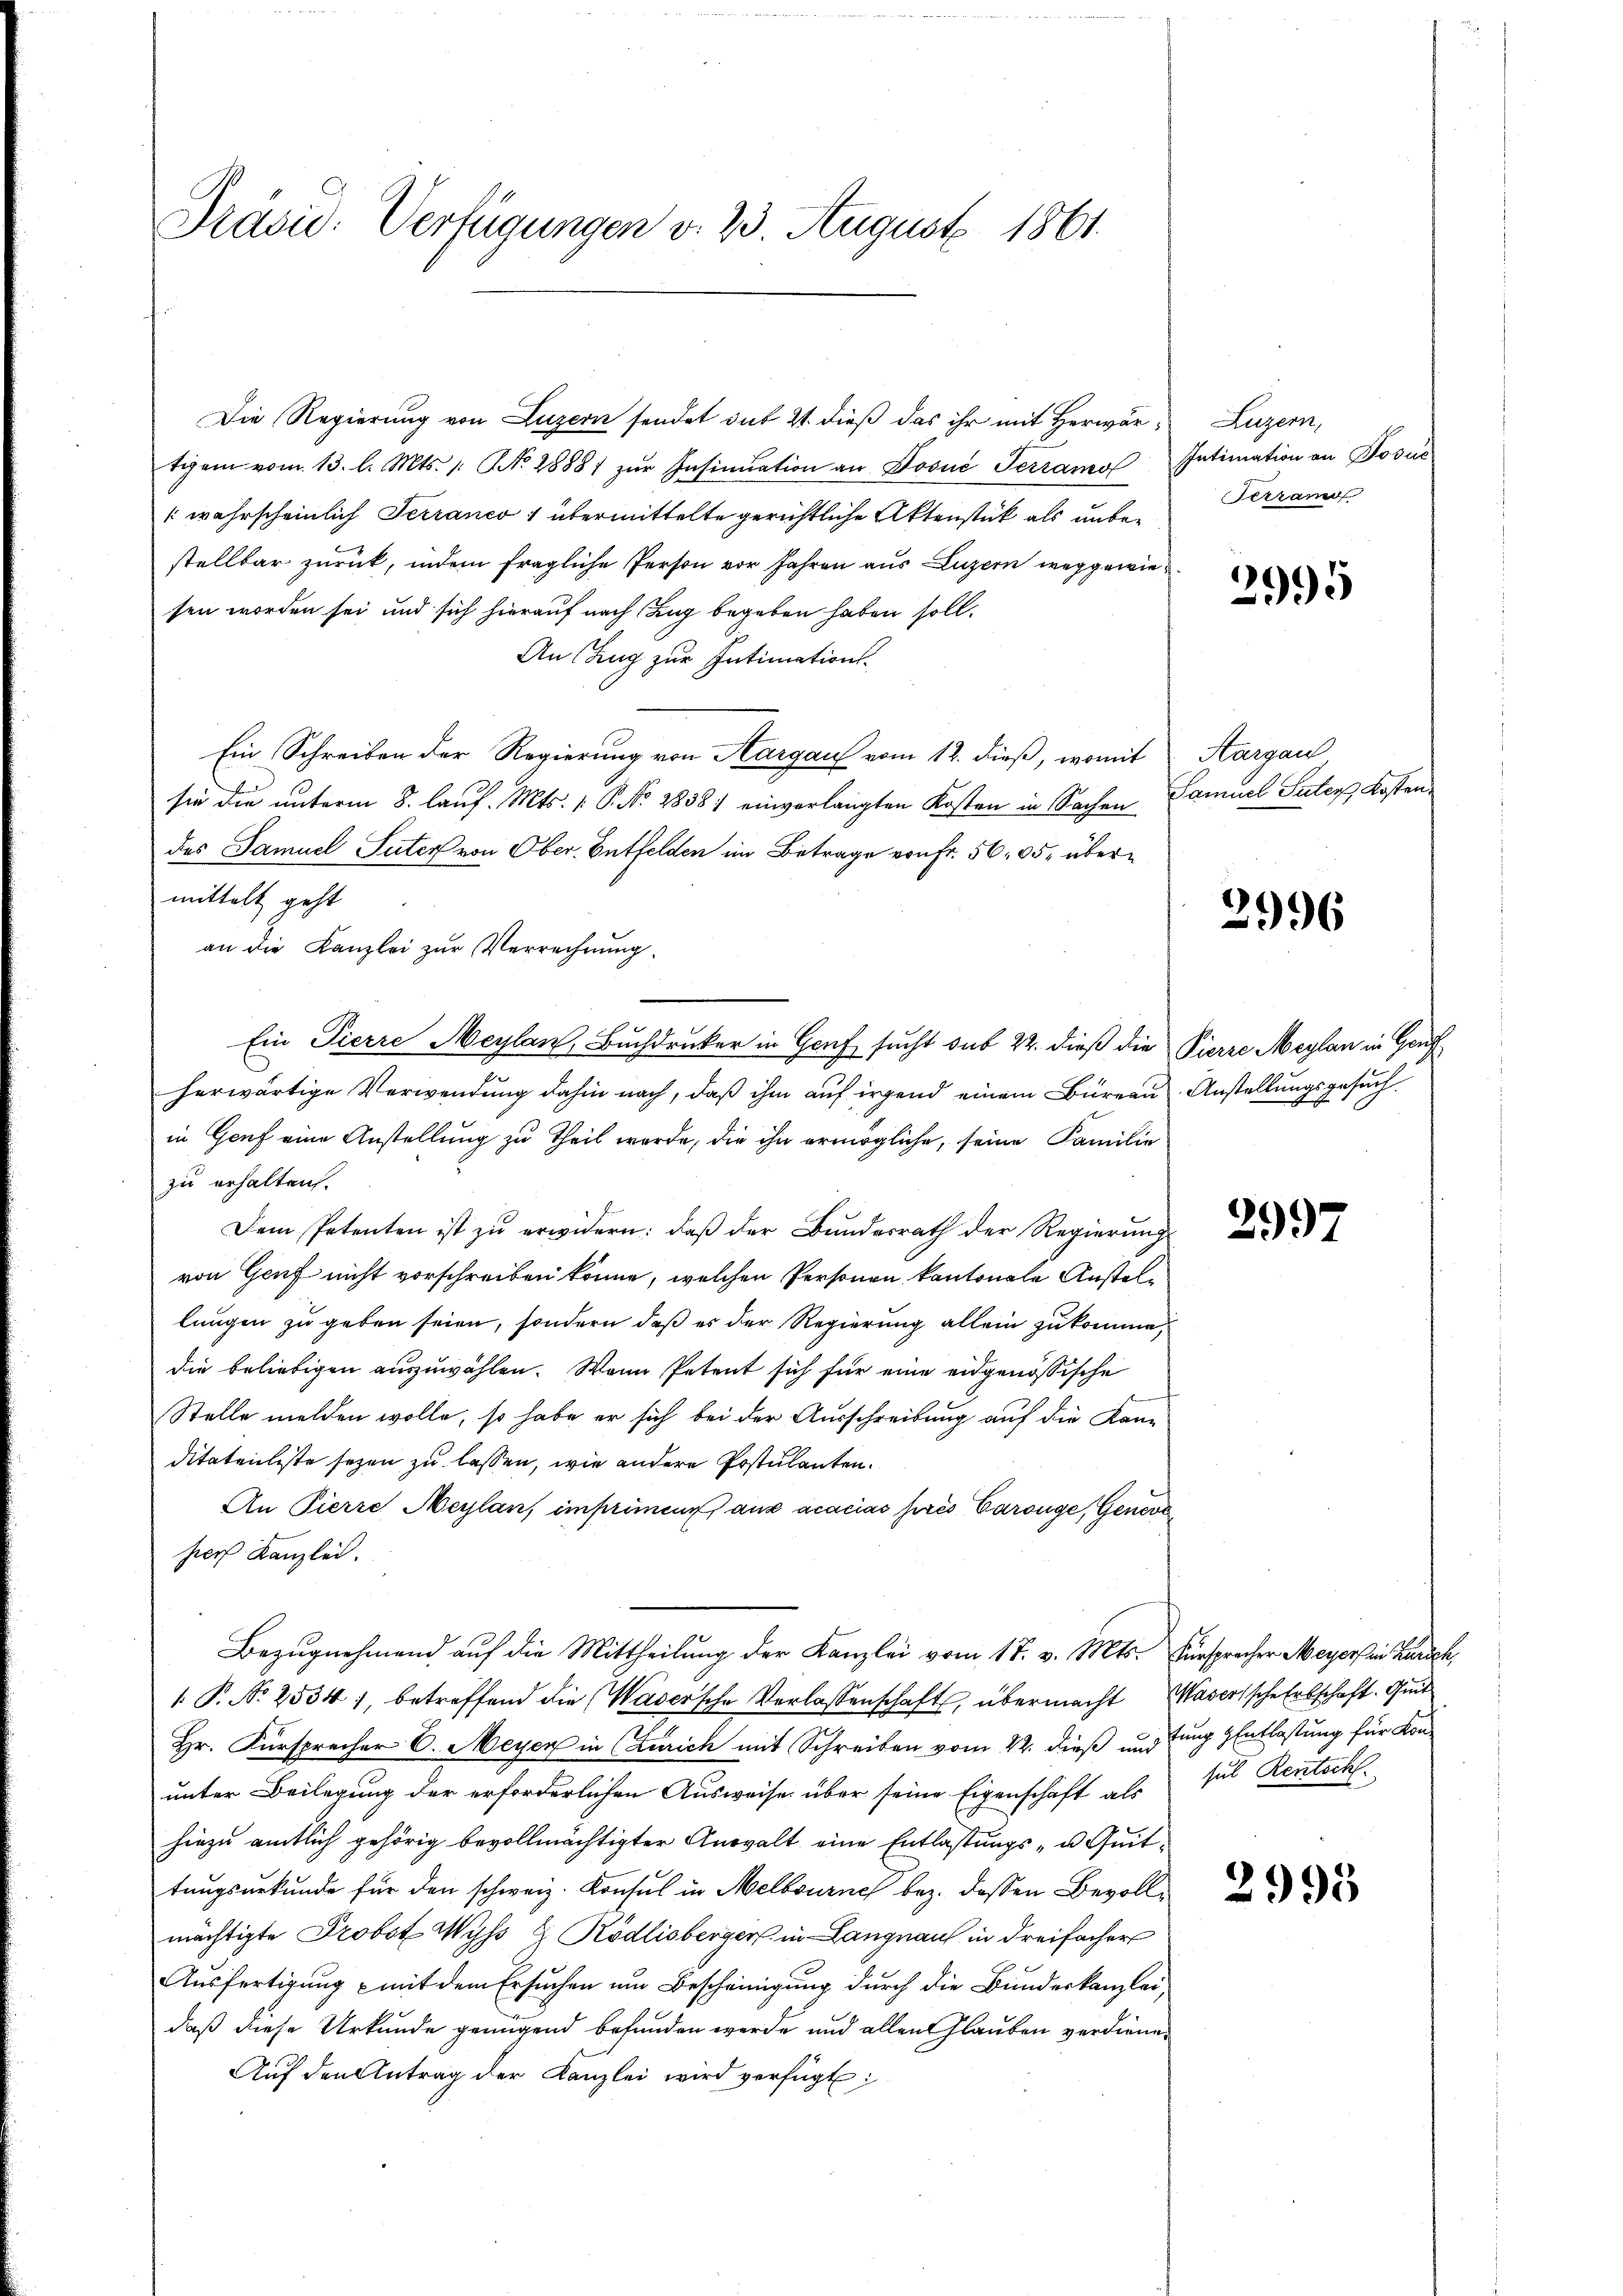
Präsid. Verfügungen v. 23. August 1861.

Die Regierung von Luzern sendet sub 21. dieß das ihr mit Herwör¬ Luzern,
tigem vom 13. l. Mts. 1. No. 28881 zŭr Insinuation an Dosuć Terramo Intimation an Posus
(wahrscheinlich Terranco 1 übermittelte gerichtliche Aktenstück als unbestellbar zurück, indem fragliche Person vor Jahren aus Luzern weggewiesen worden sei und sich hierauf nach Tag begeben haben soll.
An Zug zur Intimation.
Ein Schreiben der Regierung von Aargau vom 12. dieß, womit Aargau
sie die unterm 8. lauf. Mts. P. Nr. 2858) einverlangten Kosten in Sachen
des Samuel, Suter von Ober-Entfelden im Betrage von Fr. 56 05, übermittelt geht
an die Kanzlei zur Verrechnung.
herwärtige Verwendung dahin nach, daß ihm auf irgend einem Büreau Anstellungsgesuch
in Genf eine Anstellung zu Theil wurde, die ihn ermögliche, seine Familie
zu erhalten.
Dem Petenten ist zu erwidern: daß der Bundesrath der Regierung
von Genf nicht vorschreiben könne, welchen Personen kantonale Austellungen zu geben seien, sondern daß es der Regierung allein zukomme,
die beliebigen auszuwählen. Wenn Petent sich für eine eidgenössische
e
Stelle melden wolle, so habe er sich bei der Ausschreibung auf die Kanditatenliste sezen zu lassen, wie andere Postulanten.
An Pierre Heylan, impriment aus acacias prés Carouge, Geneve
hiers Kanzlei.
Bezugnehmend auf die Mittheilung der Kanzlei vom 17. v. Mts. Fürsprecher Meyers in Zürich,
 P. Nr. 2534), betreffend die Wasersche Verlassenschaft, übermacht Wasersche Erbschaft. Quit
Hr. Fürsprecher C. Meyer in Zürich mit Schreiben vom 22. dieß und fung Entlastung für Konunter Beilegung der erforderlichen Ausweise über seine Eigenschaft als
hiezu amtlich gehörig bevollmächtigter Anwalt eine Entlastungs- u. Quittungsurkunde für den schweiz. Konsul in Melbourne bez. dessen Bevollmächtigte Probst Wyss 2 Ködlisberger in Langnaus in dreifacher
Ausfertigung mit dem Ersuchen um Bescheinigung durch die Bundeskanzlei,
daß diese Urkunde genügend befunden werde und allen Glauben verdiene¬
Aŭf den Antrag der Kanzlei wird verfügt:

Ein Pierre Meylan, Buchdrucker in Genf sucht sub 22. dieß die Pierre Maylan in Genf

Ferram

2995

Samuel Suter Kosten

2996

2997

sul Rentsch.

2995